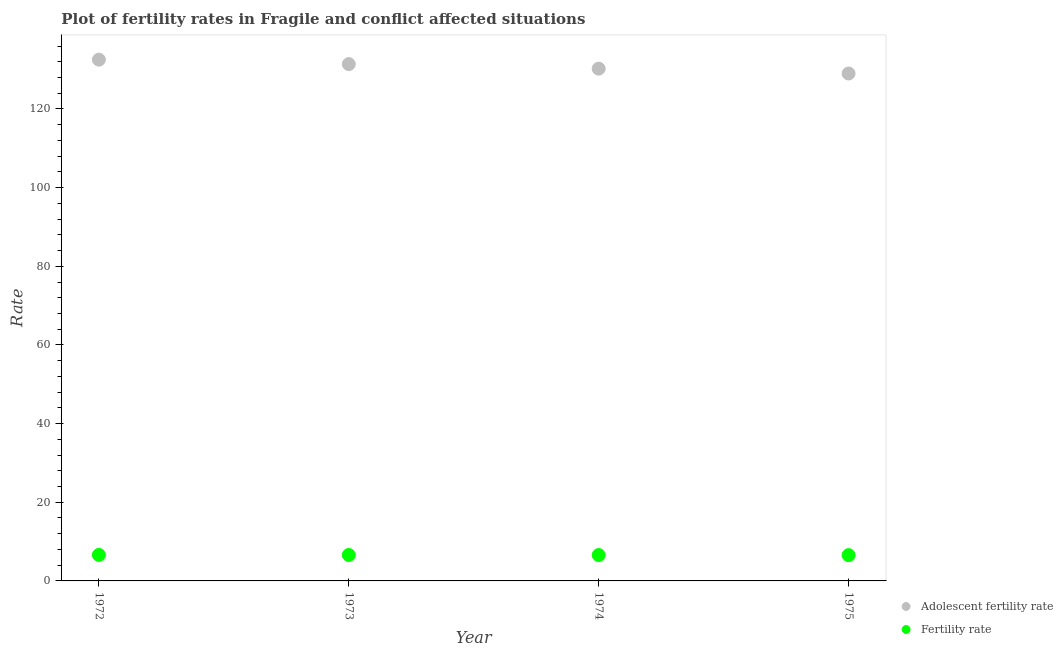
| Year | Adolescent fertility rate | Fertility rate |
 | --- | --- | --- |
 | 1972 | 133 | 6.61 |
 | 1973 | 131 | 6.6 |
 | 1974 | 130 | 6.58 |
 | 1975 | 129 | 6.56 |